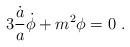
LaTeX: \begin{align*} 3 { \dot a \over a} \dot \phi + m^2\phi =0 \ .\end{align*}